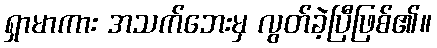
ရှာမာကား အသက်ဘေးမှ လွတ်ခဲ့ပြီဖြစ်၏။